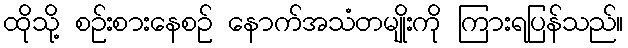
ထိုသို့ စဉ်းစားနေစဉ် နောက်အသံတမျိုးကို ကြားရပြန်သည်။